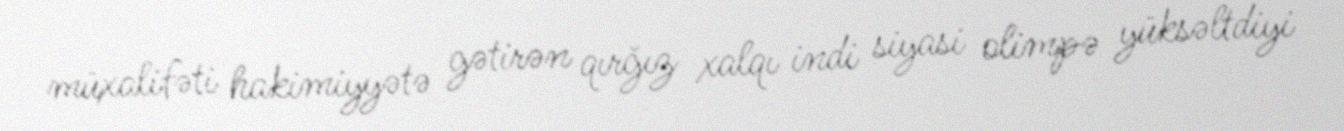
müxalifəti hakimiyyətə gətirən qırğız xalqı indi siyasi olimpə yüksəltdiyi